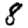
Digit: 8